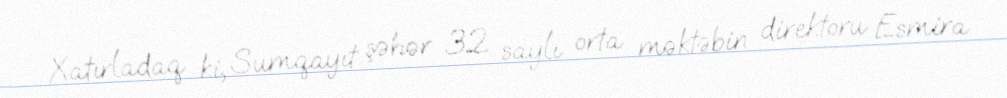
Xatırladaq ki, Sumqayıt şəhər 32 saylı orta məktəbin direktoru Esmira